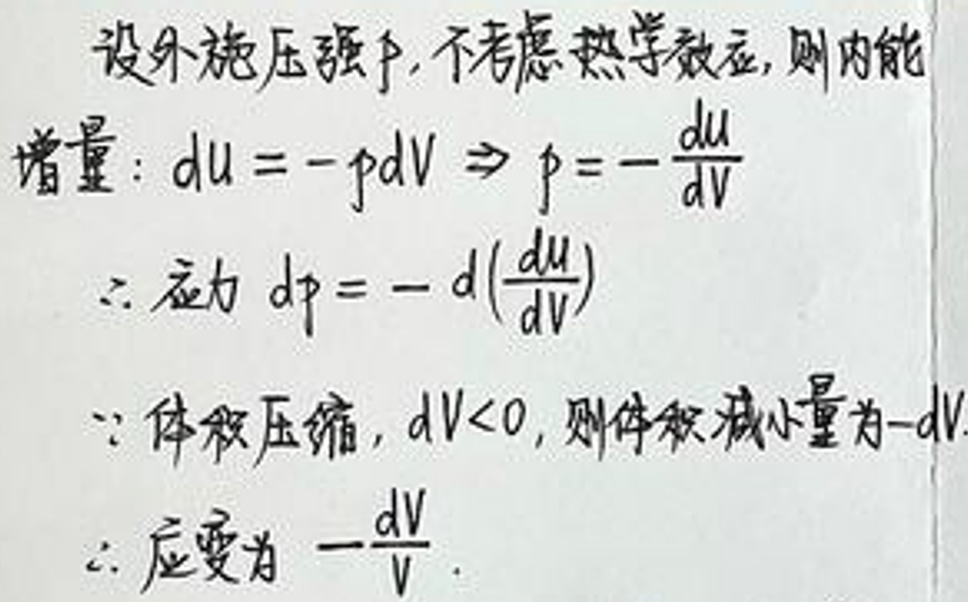
设外施压强\(p\)，不考虑热力学效应，则内能增量：\(du=-pdV\Rightarrow p = -\frac{du}{dV}\)

\(\therefore\) 压力 \(dp=-d\left(\frac{du}{dV}\right)\)

\(\because\) 体积压缩，\(dV<0\)，则体积减小量为\(-dV\)

\(\therefore\) 应变为\(-\frac{dV}{V}\)